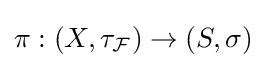
\pi :\left(X,\tau _{\mathcal {F}}\right)\to (S,\sigma )